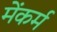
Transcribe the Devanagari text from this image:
मेंकर्म